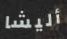
أليشا